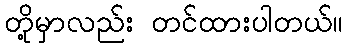
တို့မှာလည်း တင်ထားပါတယ်။